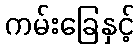
ကမ်းခြေနှင့်